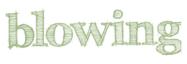
blowing